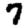
Digit: 7